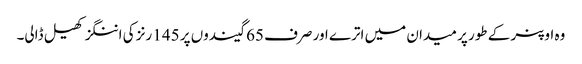
وہ اوپنر کے طور پر میدان میں اترے اور صرف 65 گیندوں پر 145 رنز کی اننگز کھیل ڈالی۔